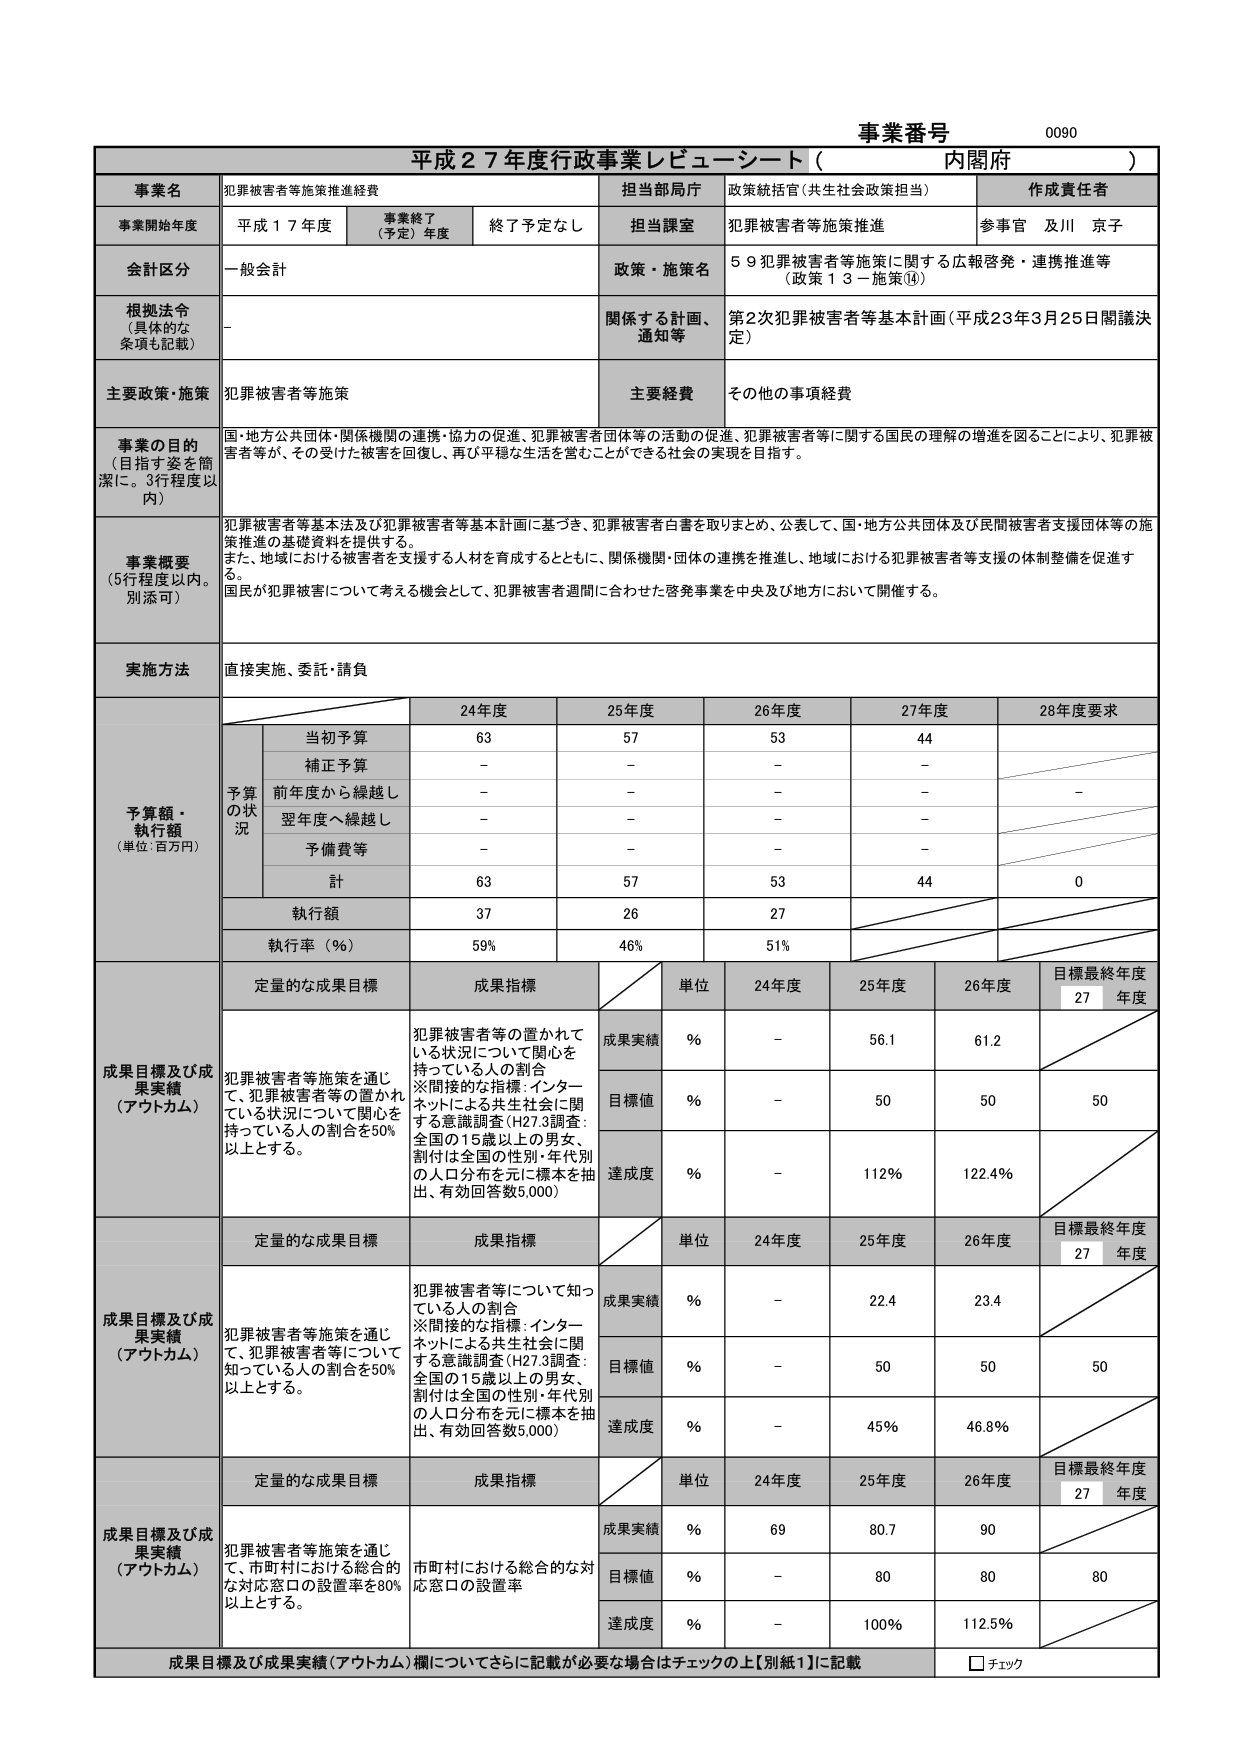
事業番号 0090
平成27年度行政事業レビュー・シート（内閣府）

事業名 犯罪被害者等施策推進経費
担当部局庁 政策統括官（共生社会政策担当）
作成責任者 参事官 及川 京子

事業開始年度 平成17年度
事業終了（予定）年度 終了予定なし
担当課室 犯罪被害者等施策推進

会計区分 一般会計
政策・施策名 59 犯罪被害者等施策に関する広報啓発・連携推進等（政策13－施策⑭）

根拠法令（具体的な条項も記載） -
関係する計画、通知等 第2次犯罪被害者等基本計画（平成23年3月25日閣議決定）

主要政策・施策 犯罪被害者等施策
主要経費 その他の事項経費

事業の目的（目指す姿を簡潔に。3行程度以内）
国・地方公共団体・関係機関の連携・協力の促進、犯罪被害者団体等の活動の促進、犯罪被害者等に関する国民の理解の増進を図ることにより、犯罪被害者等が、その受けた被害を回復し、再び平穏な生活を営むことができる社会の実現を目指す。

事業概要（5行程度以内。別添可）
犯罪被害者等基本法及び犯罪被害者等基本計画に基づき、犯罪被害者白書を取りまとめ、公表して、国・地方公共団体及び民間被害者支援団体等の施策推進の基礎資料を提供する。
また、地域における被害者を支援する人材を育成するとともに、関係機関・団体の連携を推進し、地域における犯罪被害者等支援の体制整備を促進する。
国民が犯罪被害について考える機会として、犯罪被害者週間に合わせた啓発事業を中央及び地方において開催する。

実施方法 直接実施、委託・請負

予算額・執行額（単位：百万円）
予算の状況
24年度 25年度 26年度 27年度 28年度要求
当初予算 63 57 53 44
補正予算 - - - -
前年度から繰越し - - - - -
翌年度へ繰越し - - - -
予備費等 - - - -
計 63 57 53 44 0
執行額 37 26 27
執行率（％） 59% 46% 51%

成果目標及び成果実績（アウトカム）
定量的な成果目標 成果指標
単位 24年度 25年度 26年度 目標最終年度 27年度
犯罪被害者等施策を通じて、犯罪被害者等の置かれている状況について関心を持っている人の割合を50%以上とする。
犯罪被害者等の置かれている状況について関心を持っている人の割合
※間接的な指標：インターネットによる共生社会に関する意識調査（H27.3調査：全国の15歳以上の男女、割付は全国の性別・年代別の人口分布を元に標本を抽出、有効回答数5,000）
成果実績 % - 56.1 61.2
目標値 % - 50 50 50
達成度 % - 112% 122.4%

成果目標及び成果実績（アウトカム）
定量的な成果目標 成果指標
単位 24年度 25年度 26年度 目標最終年度 27年度
犯罪被害者等施策を通じて、犯罪被害者等について知っている人の割合を50%以上とする。
犯罪被害者等について知っている人の割合
※間接的な指標：インターネットによる共生社会に関する意識調査（H27.3調査：全国の15歳以上の男女、割付は全国の性別・年代別の人口分布を元に標本を抽出、有効回答数5,000）
成果実績 % - 22.4 23.4
目標値 % - 50 50 50
達成度 % - 45% 46.8%

成果目標及び成果実績（アウトカム）
定量的な成果目標 成果指標
単位 24年度 25年度 26年度 目標最終年度 27年度
犯罪被害者等施策を通じて、市町村における総合的な対応窓口の設置率を80%以上とする。
市町村における総合的な対応窓口の設置率
成果実績 % 69 80.7 90
目標値 % - 80 80 80
達成度 % - 100% 112.5%

成果目標及び成果実績（アウトカム）欄についてさらに記載が必要な場合はチェックの上【別紙1】に記載
□ チェック